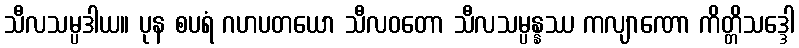
သီလသမ္ပဒါယ။ ပုန စပရံ ဂဟပတယော သီလဝတော သီလသမ္ပန္နဿ ကလျာဏော ကိတ္တိသဒ္ဒေါ